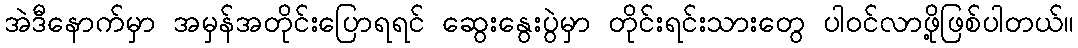
အဲဒီနောက်မှာ အမှန်အတိုင်းပြောရရင် ဆွေးနွေးပွဲမှာ တိုင်းရင်းသားတွေ ပါဝင်လာဖို့ဖြစ်ပါတယ်။